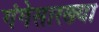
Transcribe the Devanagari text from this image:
गंगेसारख्या